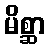
မိစ္ဆာ